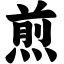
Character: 煎